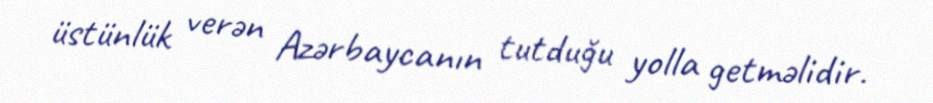
üstünlük verən Azərbaycanın tutduğu yolla getməlidir.